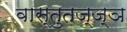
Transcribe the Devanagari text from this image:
वास्तुतज्ज्ञ